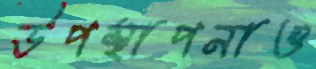
উপস্থাপনাও